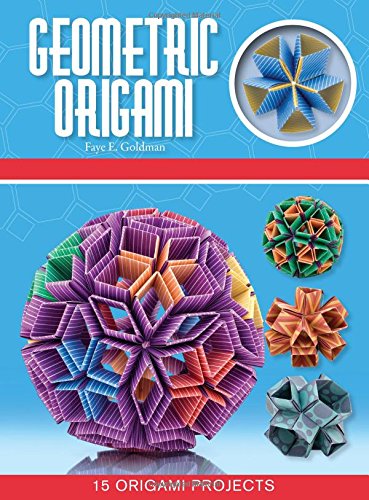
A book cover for Geometric Origami (Origami Books); Faye Goldman; Science & Math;